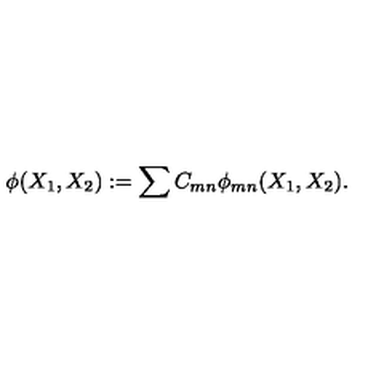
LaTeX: \phi ( X _ { 1 } , X _ { 2 } ) : = \sum C _ { m n } \phi _ { m n } ( X _ { 1 } , X _ { 2 } ) .